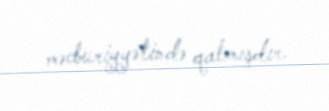
məcburiyyətində qalmışdır.